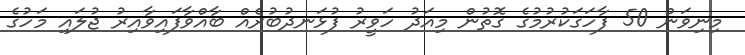
މިނިވަން 50 ފާހަގަކުރުމުގެ ގޮތުން މިއަދު ހަވީރު ފުޅަނދުބުރެއް ބާއްވާފައިވާއިރު ޖުލައި މަހުގެ